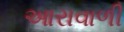
આરાવાળી